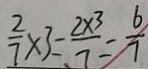
\frac { 2 } { 7 } \times 3 = \frac { 2 \times 3 } { 7 } = \frac { 6 } { 7 }